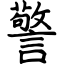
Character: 警